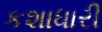
કશાધારી